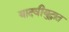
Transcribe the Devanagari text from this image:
यादवीयुद्धात